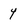
Character: 4